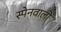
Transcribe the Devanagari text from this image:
स्पेनवालों